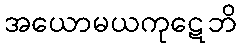
အယောမယကုဋေဘိ